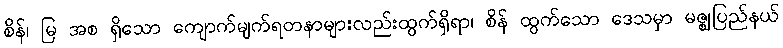
စိန်၊ မြ အစ ရှိသော ကျောက်မျက်ရတနာများလည်းထွက်ရှိရာ၊ စိန် ထွက်သော ဒေသမှာ မဇ္ဈပြည်နယ်